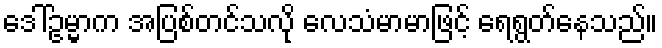
ဒေါ်ဥမ္မာက အပြစ်တင်သလို လေသံမာမာဖြင့် ရေရွတ်နေသည်။